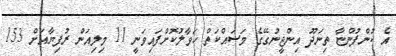
އެ ކުންފުންޏާ ތިނަދޫ އިންޖީނުގޭގެ މަސައްކަތް ހަވާލުކޮށްފައިވަނީ 11 މިލިއަން ރުފިޔާއަށް 153